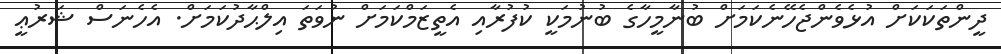
ދީންތަކަކަށް އުޅެވެންޖެހޭނެކަމަށް ބުނާމީހާގެ ބުނުމަކީ ކުފުރާއި އެތީޒަމްކަމަށް ނުވަތަ އިލްޙާދުކަމަށް. އެހެނަސް ޝަރުޢީ